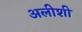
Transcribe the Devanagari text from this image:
अलीशी